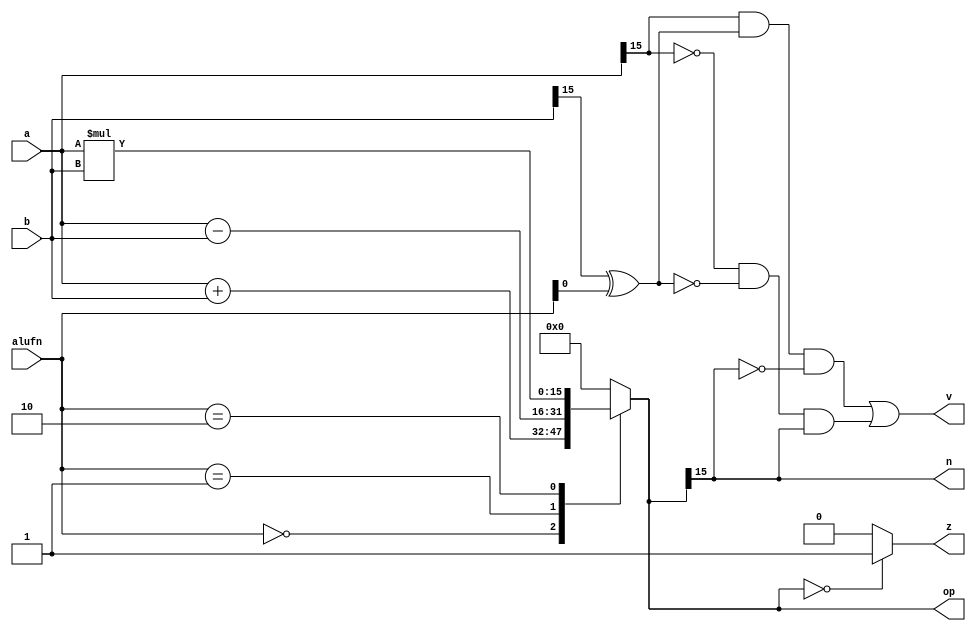
module arithmetic_15 (
    input [15:0] a,
    input [15:0] b,
    input [5:0] alufn,
    output reg z,
    output reg v,
    output reg n,
    output reg [15:0] op
  );
  
  
  
  reg [15:0] arith;
  
  always @* begin
    
    case (alufn)
      6'h00: begin
        arith = $signed(a) + $signed(b);
      end
      6'h01: begin
        arith = $signed(a) - $signed(b);
      end
      6'h02: begin
        arith = $signed(a) * $signed(b);
      end
      default: begin
        arith = 1'h0;
      end
    endcase
    op = arith;
    if (arith == 16'h0000) begin
      z = 1'h1;
    end else begin
      z = 1'h0;
    end
    v = (a[15+0-:1] & (b[15+0-:1] ^ alufn[0+0-:1]) & ~arith[15+0-:1]) | (~a[15+0-:1] & ~(b[15+0-:1] ^ alufn[0+0-:1]) & arith[15+0-:1]);
    n = arith[15+0-:1];
  end
endmodule